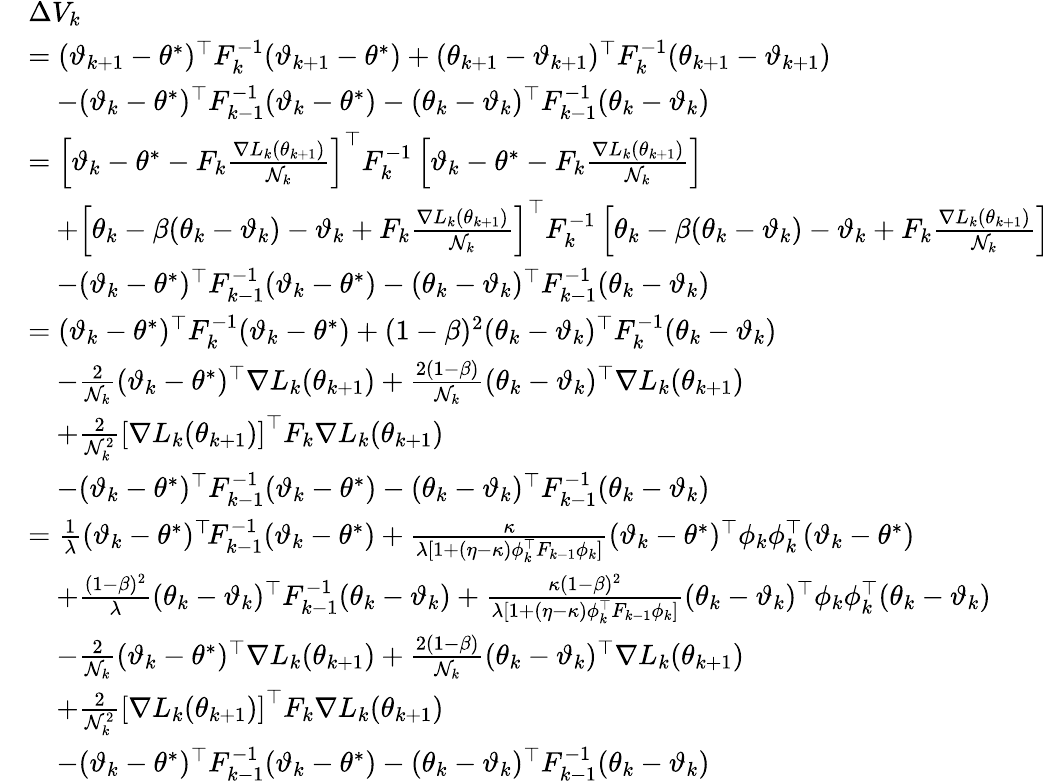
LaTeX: \begin{array}{rl}&{\Delta V_{k}}\\ &{=(\vartheta_{k+1}-\theta^{*})^{\top}F_{k}^{-1}(\vartheta_{k+1}-\theta^{*})+(\theta_{k+1}-\vartheta_{k+1})^{\top}F_{k}^{-1}(\theta_{k+1}-\vartheta_{k+1})}\\ &{\quad-(\vartheta_{k}-\theta^{*})^{\top}F_{k-1}^{-1}(\vartheta_{k}-\theta^{*})-(\theta_{k}-\vartheta_{k})^{\top}F_{k-1}^{-1}(\theta_{k}-\vartheta_{k})}\\ &{=\left[\vartheta_{k}-\theta^{*}-F_{k}\frac{\nabla L_{k}(\theta_{k+1})}{\mathcal{N}_{k}}\right]^{\top}F_{k}^{-1}\left[\vartheta_{k}-\theta^{*}-F_{k}\frac{\nabla L_{k}(\theta_{k+1})}{\mathcal{N}_{k}}\right]}\\ &{\quad+\left[\theta_{k}-\beta(\theta_{k}-\vartheta_{k})-\vartheta_{k}+F_{k}\frac{\nabla L_{k}(\theta_{k+1})}{\mathcal{N}_{k}}\right]^{\top}F_{k}^{-1}\left[\theta_{k}-\beta(\theta_{k}-\vartheta_{k})-\vartheta_{k}+F_{k}\frac{\nabla L_{k}(\theta_{k+1})}{\mathcal{N}_{k}}\right]}\\ &{\quad-(\vartheta_{k}-\theta^{*})^{\top}F_{k-1}^{-1}(\vartheta_{k}-\theta^{*})-(\theta_{k}-\vartheta_{k})^{\top}F_{k-1}^{-1}(\theta_{k}-\vartheta_{k})}\\ &{=(\vartheta_{k}-\theta^{*})^{\top}F_{k}^{-1}(\vartheta_{k}-\theta^{*})+(1-\beta)^{2}(\theta_{k}-\vartheta_{k})^{\top}F_{k}^{-1}(\theta_{k}-\vartheta_{k})}\\ &{\quad-\frac{2}{\mathcal{N}_{k}}(\vartheta_{k}-\theta^{*})^{\top}\nabla L_{k}(\theta_{k+1})+\frac{2(1-\beta)}{\mathcal{N}_{k}}(\theta_{k}-\vartheta_{k})^{\top}\nabla L_{k}(\theta_{k+1})}\\ &{\quad+\frac{2}{\mathcal{N}_{k}^{2}}\left[\nabla L_{k}(\theta_{k+1})\right]^{\top}F_{k}\nabla L_{k}(\theta_{k+1})}\\ &{\quad-(\vartheta_{k}-\theta^{*})^{\top}F_{k-1}^{-1}(\vartheta_{k}-\theta^{*})-(\theta_{k}-\vartheta_{k})^{\top}F_{k-1}^{-1}(\theta_{k}-\vartheta_{k})}\\ &{=\frac{1}{\lambda}(\vartheta_{k}-\theta^{*})^{\top}\! F_{k-1}^{-1}(\vartheta_{k}-\theta^{*})+\frac{\kappa}{\lambda[1+(\eta-\kappa)\phi_{k}^{\top}F_{k-1}\phi_{k}]}(\vartheta_{k}-\theta^{*})^{\top}\phi_{k}\phi_{k}^{\top}(\vartheta_{k}-\theta^{*})}\\ &{\quad+\frac{(1-\beta)^{2}}{\lambda}(\theta_{k}-\vartheta_{k})^{\top}F_{k-1}^{-1}(\theta_{k}-\vartheta_{k})+\frac{\kappa(1-\beta)^{2}}{\lambda[1+(\eta-\kappa)\phi_{k}^{\top}F_{k-1}\phi_{k}]}(\theta_{k}-\vartheta_{k})^{\top}\phi_{k}\phi_{k}^{\top}(\theta_{k}-\vartheta_{k})}\\ &{\quad-\frac{2}{\mathcal{N}_{k}}(\vartheta_{k}-\theta^{*})^{\top}\nabla L_{k}(\theta_{k+1})+\frac{2(1-\beta)}{\mathcal{N}_{k}}(\theta_{k}-\vartheta_{k})^{\top}\nabla L_{k}(\theta_{k+1})}\\ &{\quad+\frac{2}{\mathcal{N}_{k}^{2}}\left[\nabla L_{k}(\theta_{k+1})\right]^{\top}F_{k}\nabla L_{k}(\theta_{k+1})}\\ &{\quad-(\vartheta_{k}-\theta^{*})^{\top}F_{k-1}^{-1}(\vartheta_{k}-\theta^{*})-(\theta_{k}-\vartheta_{k})^{\top}F_{k-1}^{-1}(\theta_{k}-\vartheta_{k})}\end{array}